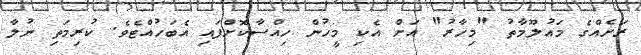
ރަށެއްގެ މައުލޫމާތު "މިހާރު" އަށް އެކި މީހުން ހިއްސާކޮށްފައި އެބަހުއްޓެވެ. ކުރިމަތި ނުލާ